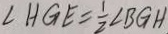
\angle H G E = \frac { 1 } { 2 } \angle B G H